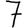
Digit: 7